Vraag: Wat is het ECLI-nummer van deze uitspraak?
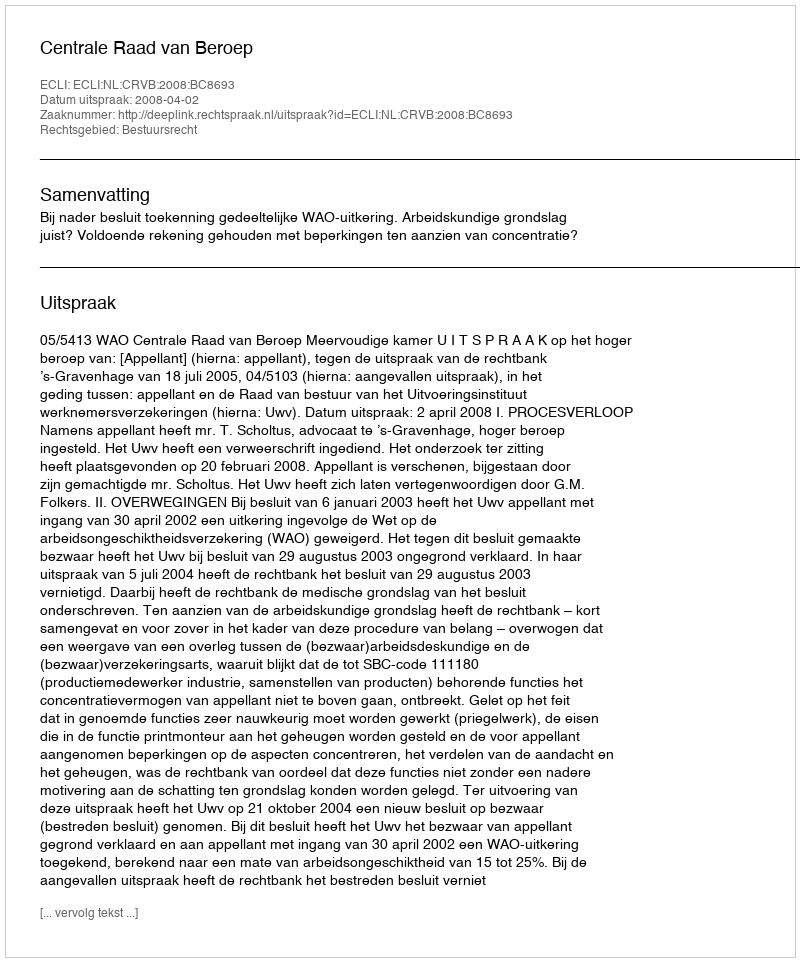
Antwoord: ECLI:NL:CRVB:2008:BC8693